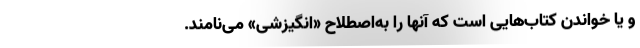
و یا خواندن کتاب‌هایی است که آنها را به‌اصطلاح «انگیزشی» می‌نامند.